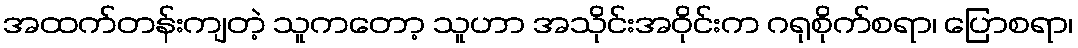
အထက်တန်းကျတဲ့ သူကတော့ သူဟာ အသိုင်းအဝိုင်းက ဂရုစိုက်စရာ၊ ပြောစရာ၊